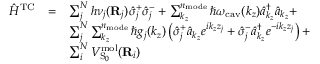
\begin{array} { c c l } { { \hat { H } } ^ { \mathrm { T C } } } & { = } & { \sum _ { j } ^ { N } h \nu _ { j } ( \mathbf R _ { j } ) \hat { \sigma } _ { j } ^ { + } \hat { \sigma } _ { j } ^ { - } + \sum _ { k _ { z } } ^ { n _ { \mathrm { m o d e } } } \hslash \omega _ { \mathrm { c a v } } ( k _ { z } ) \hat { a } _ { k _ { z } } ^ { \dagger } \hat { a } _ { k _ { z } } + } \\ & & { \sum _ { j } ^ { N } \sum _ { k _ { z } } ^ { n _ { \mathrm { m o d e } } } \hslash g _ { j } ( k _ { z } ) \left( \hat { \sigma } _ { j } ^ { + } \hat { a } _ { k _ { z } } e ^ { i k _ { z } z _ { j } } + \hat { \sigma } _ { j } ^ { - } \hat { a } _ { k _ { z } } ^ { \dagger } e ^ { - i k _ { z } z _ { j } } \right) + } \\ & & { \sum _ { i } ^ { N } V _ { \mathrm { S } _ { 0 } } ^ { \mathrm { m o l } } ( { \bf { R } } _ { i } ) } \end{array}